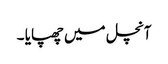
آنچل میں چھپایا ۔